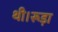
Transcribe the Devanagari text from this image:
थी।रूड़ा